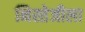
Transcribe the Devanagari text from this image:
निस्तेजीला